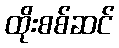
ထိုးစစ်ဆင်